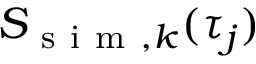
S _ { \mathrm { ~ s ~ i ~ m ~ } , k } ( \tau _ { j } )